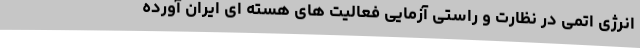
انرژی اتمی در نظارت و راستی آزمایی فعالیت های هسته ای ایران آورده